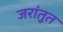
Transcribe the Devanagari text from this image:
जरांतुत